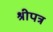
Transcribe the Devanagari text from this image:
श्रीपत्र